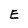
Character: E